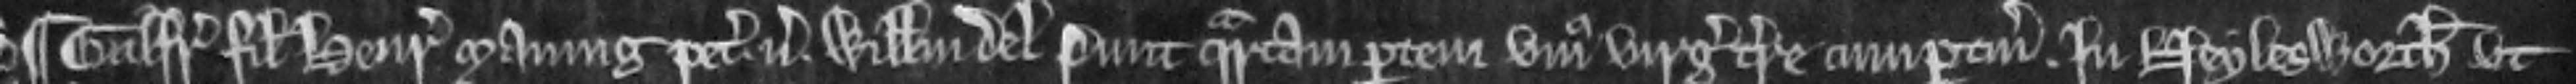
¶ Galfridus filius Henrici Maning petit versus Willelmum del Punt quartam partem unius virgate terre cum pertinenciis. In Neylesworth ut